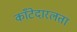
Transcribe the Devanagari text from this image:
काँटेदारलता